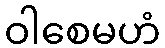
ဝါစေမဟံ